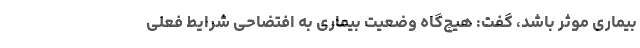
بیماری موثر باشد، گفت: هیچ‌گاه وضعیت بیماری به افتضاحی شرایط فعلی